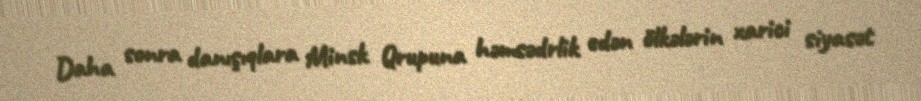
Daha sonra danışıqlara Minsk Qrupuna həmsədrlik edən ölkələrin xarici siyasət